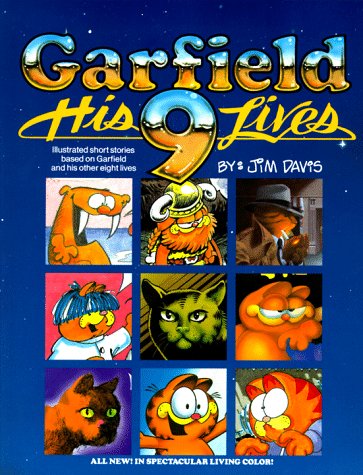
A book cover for Garfield:  His 9 Lives; Jim Davis; Humor & Entertainment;